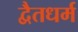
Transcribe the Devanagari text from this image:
द्वैतधर्म